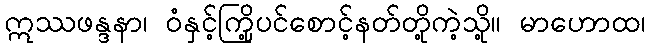
ဣဿဖန္ဒနာ၊ ဝံနှင့်ကြို့ပင်စောင့်နတ်တို့ကဲ့သို့။ မာဟောထ၊